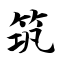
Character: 筑